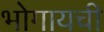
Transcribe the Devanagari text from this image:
भोगायची